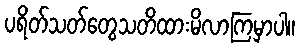
ပရိတ်သတ်တွေသတိထားမိလာကြမှာပါ။